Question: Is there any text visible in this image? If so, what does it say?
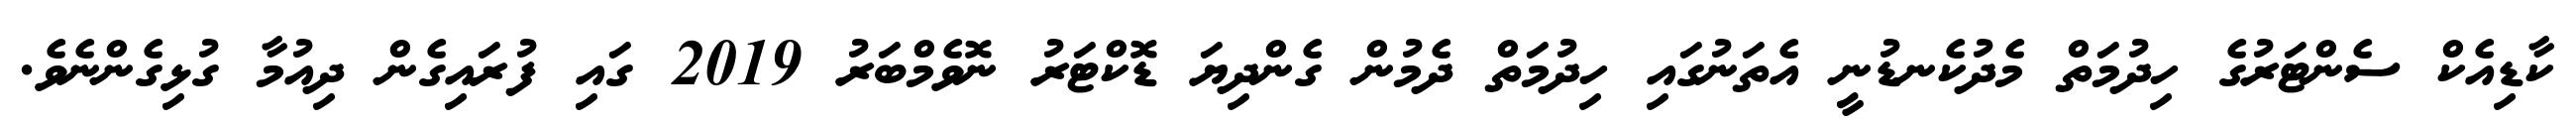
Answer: ކާޑިއެކް ސެންޓަރުގެ ހިދުމަތް މެދުކެނޑުނީ އެތަނުގައި ހިދުމަތް ދެމުން ގެންދިޔަ ޑޮކްޓަރު ނޮވެމްބަރު 2019 ގައި ފުރައިގެން ދިއުމާ ގުޅިގެންނެވެ.